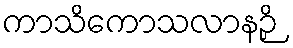
ကာသိကောသလာနဉှိ